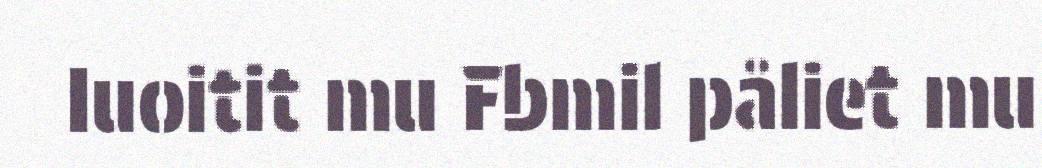
Iuoitit mu Fbmil påliet mu